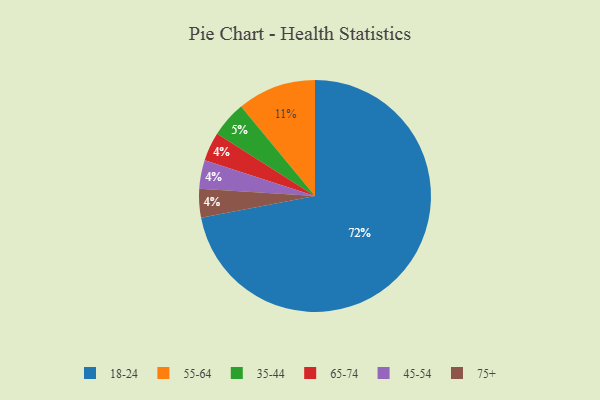
{"axis": {"x": "Category", "y": "Percentage"}, "legend": ["18-24", "35-44", "45-54", "55-64", "65-74", "75+"], "data": [{"x": "18-24", "y": 72, "type": "18-24"}, {"x": "65-74", "y": 4, "type": "65-74"}, {"x": "35-44", "y": 5, "type": "35-44"}, {"x": "45-54", "y": 4, "type": "45-54"}, {"x": "75+", "y": 4, "type": "75+"}, {"x": "55-64", "y": 11, "type": "55-64"}]}